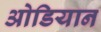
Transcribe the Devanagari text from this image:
ओडियान